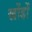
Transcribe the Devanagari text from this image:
खोंडों